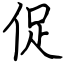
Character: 促